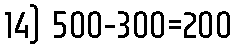
14) 500-300=200